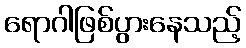
ရောဂါဖြစ်ပွားနေသည့်